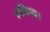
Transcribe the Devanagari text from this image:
भनिन्छ।